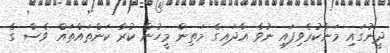
ދީނުގައި މަނާކުރެވިފައި ނުވާ އާދައިގެ މަތިން މީހުން ކުރާ ކަންތައްތައް ވެސް ގެ